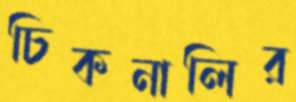
চিকনালির